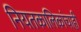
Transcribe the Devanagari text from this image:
नियतकालिकांचाही